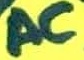
Text: AC